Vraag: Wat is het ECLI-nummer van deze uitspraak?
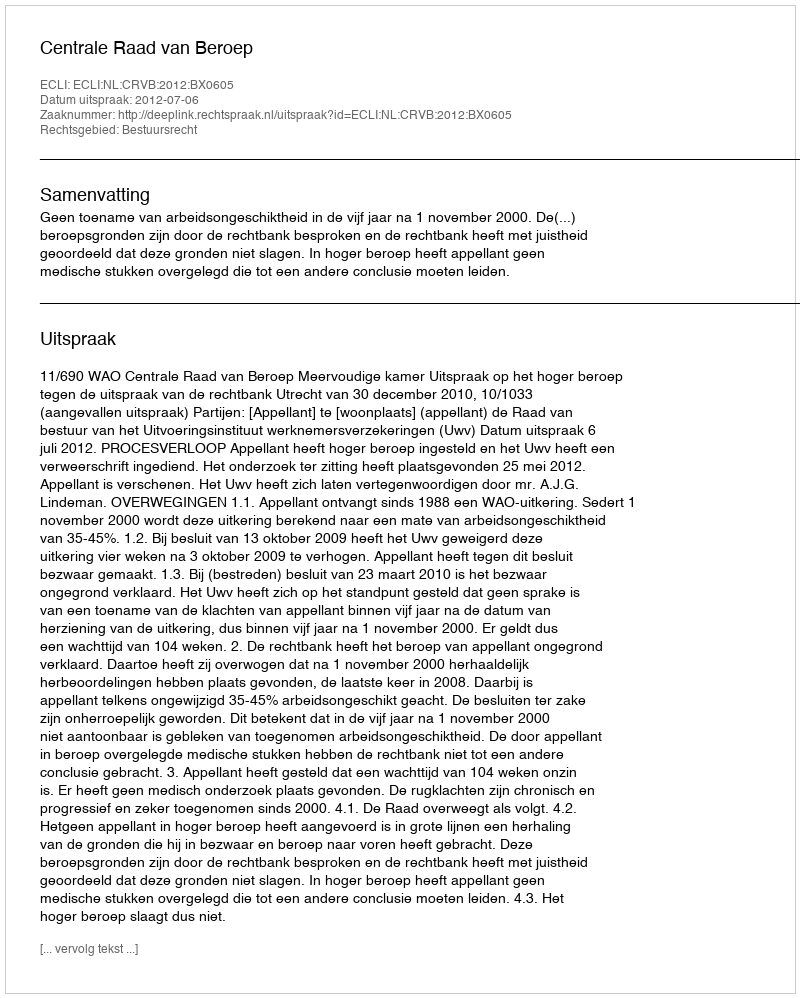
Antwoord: ECLI:NL:CRVB:2012:BX0605